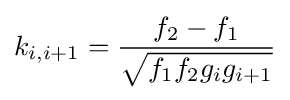
k_{i,i+1}={\frac {f_{2}-f_{1}}{\sqrt {f_{1}f_{2}g_{i}g_{i+1}}}}